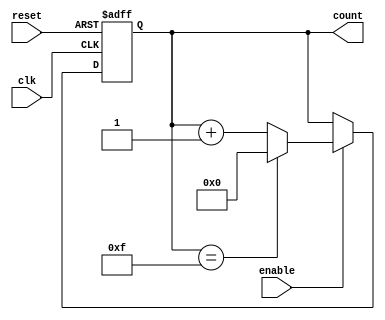
module MemoryBlocksUpCounter (
    input wire clk,            // Clock signal
    input wire reset,          // Reset signal (active high)
    input wire enable,         // Enable signal (active high)
    output reg [N-1:0] count   // Output count value (N-bit wide)
);
    parameter N = 4;           // Parameter for the bit-width of the counter

    // Asynchronous reset with counting logic
    always @(posedge clk or posedge reset) begin
        if (reset) begin
            count <= 0;        // Reset count to 0
        end else if (enable) begin
            if (count == (1 << N) - 1) begin
                count <= 0;    // Wrap around on overflow
            end else begin
                count <= count + 1; // Increment the count
            end
        end
    end
endmodule